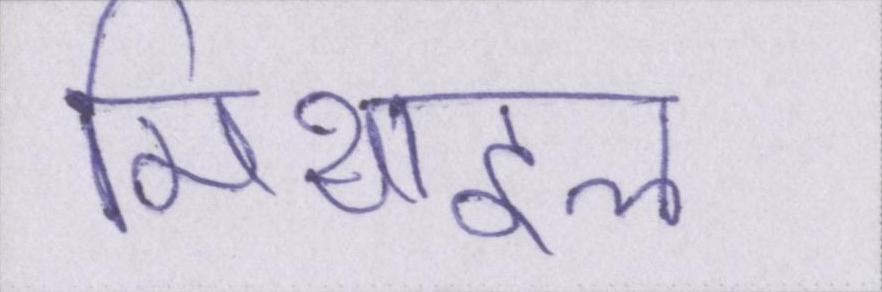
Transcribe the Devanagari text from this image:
मिथाइल